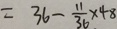
= 3 6 - \frac { 1 1 } { 3 6 } \times 4 8